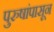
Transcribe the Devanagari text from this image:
पुरुषांपासून